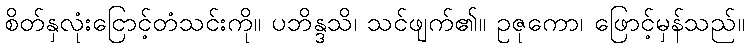
စိတ်နှလုံးငြောင့်တံသင်းကို။ ပဘိန္ဒသိ၊ သင်ဖျက်၏။ ဥဇုကော၊ ဖြောင့်မှန်သည်။